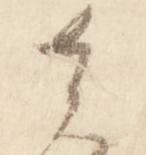
者